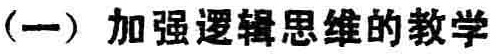
（一）加强逻辑思维的教学